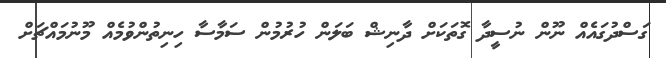
ގަސްދުގައެއް ނޫން ނުސީދާ ގޮތަކަށް ދާނިޝް ބަލަން ހުރުމުން ސަމާސާ ހިނިތުންވުމެއް މޫނުމައްޗަށް